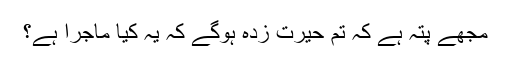
مجھے پتہ ہے کہ تم حیرت زدہ ہوگے کہ یہ کیا ماجرا ہے؟